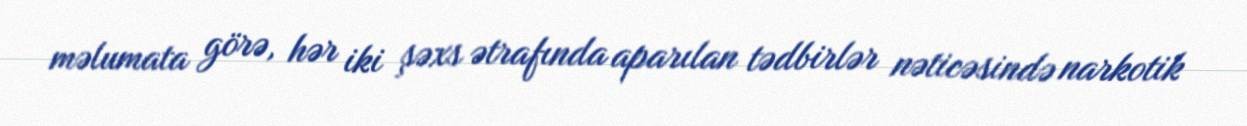
məlumata görə, hər iki şəxs ətrafında aparılan tədbirlər nəticəsində narkotik